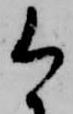
今